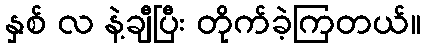
နှစ် လ နဲ့ချီပြီး တိုက်ခဲ့ကြတယ်။